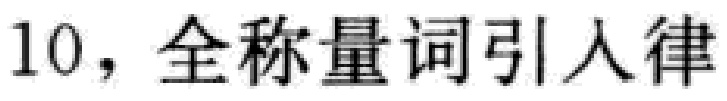
10，全称量词引入律